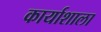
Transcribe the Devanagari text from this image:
कार्याशाला